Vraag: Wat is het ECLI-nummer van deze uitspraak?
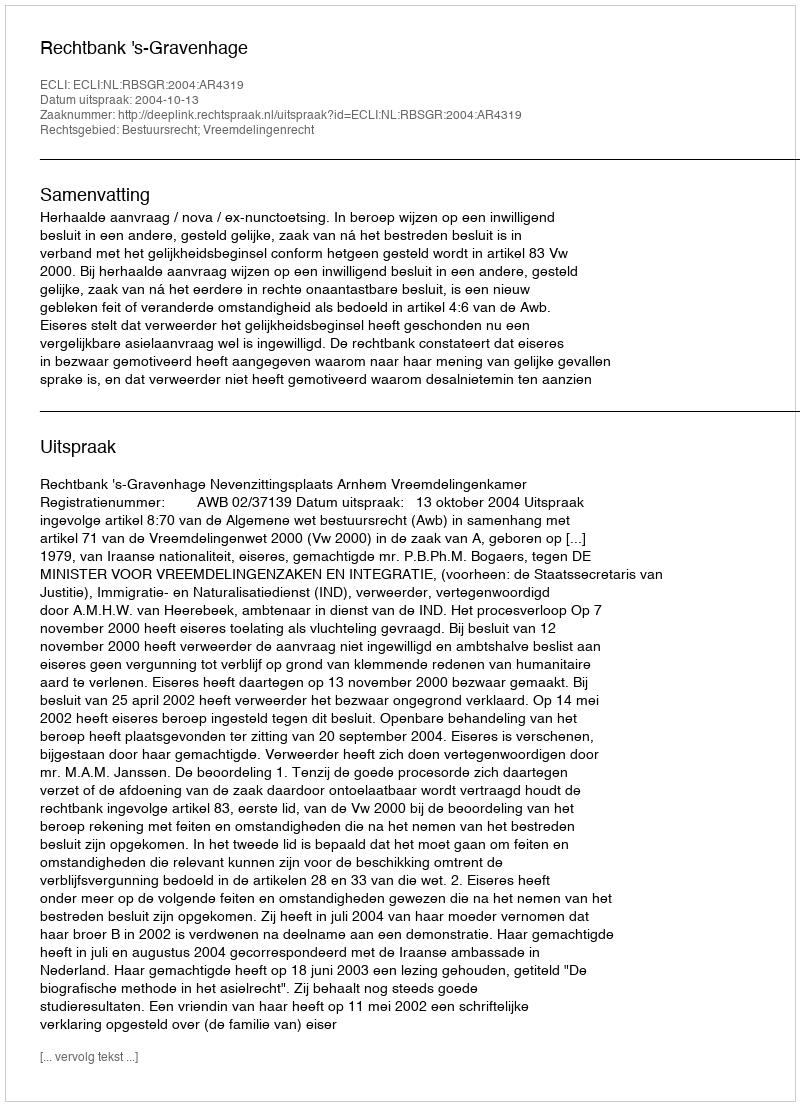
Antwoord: ECLI:NL:RBSGR:2004:AR4319